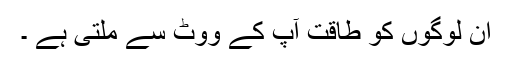
ان لوگوں کو طاقت آپ کے ووٹ سے ملتی ہے ۔